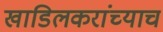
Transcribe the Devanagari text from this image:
खाडिलकरांच्याच